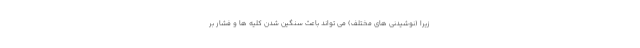
زیرا (نوشیدنی های مختلف) می تواند باعث سنگین شدن کلیه ها و فشار بر